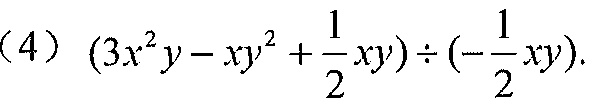
(4) \(\left(3x^{2}y - xy^{2}+\dfrac{1}{2}xy\right)\div\left(-\dfrac{1}{2}xy\right).\)